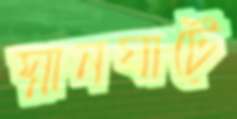
স্নানঘাটে